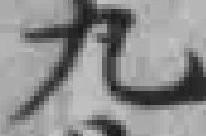
九